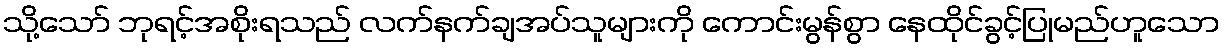
သို့သော် ဘုရင့်အစိုးရသည် လက်နက်ချအပ်သူများကို ကောင်းမွန်စွာ နေထိုင်ခွင့်ပြုမည်ဟူသော